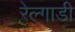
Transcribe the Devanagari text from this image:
रेल्गाडी